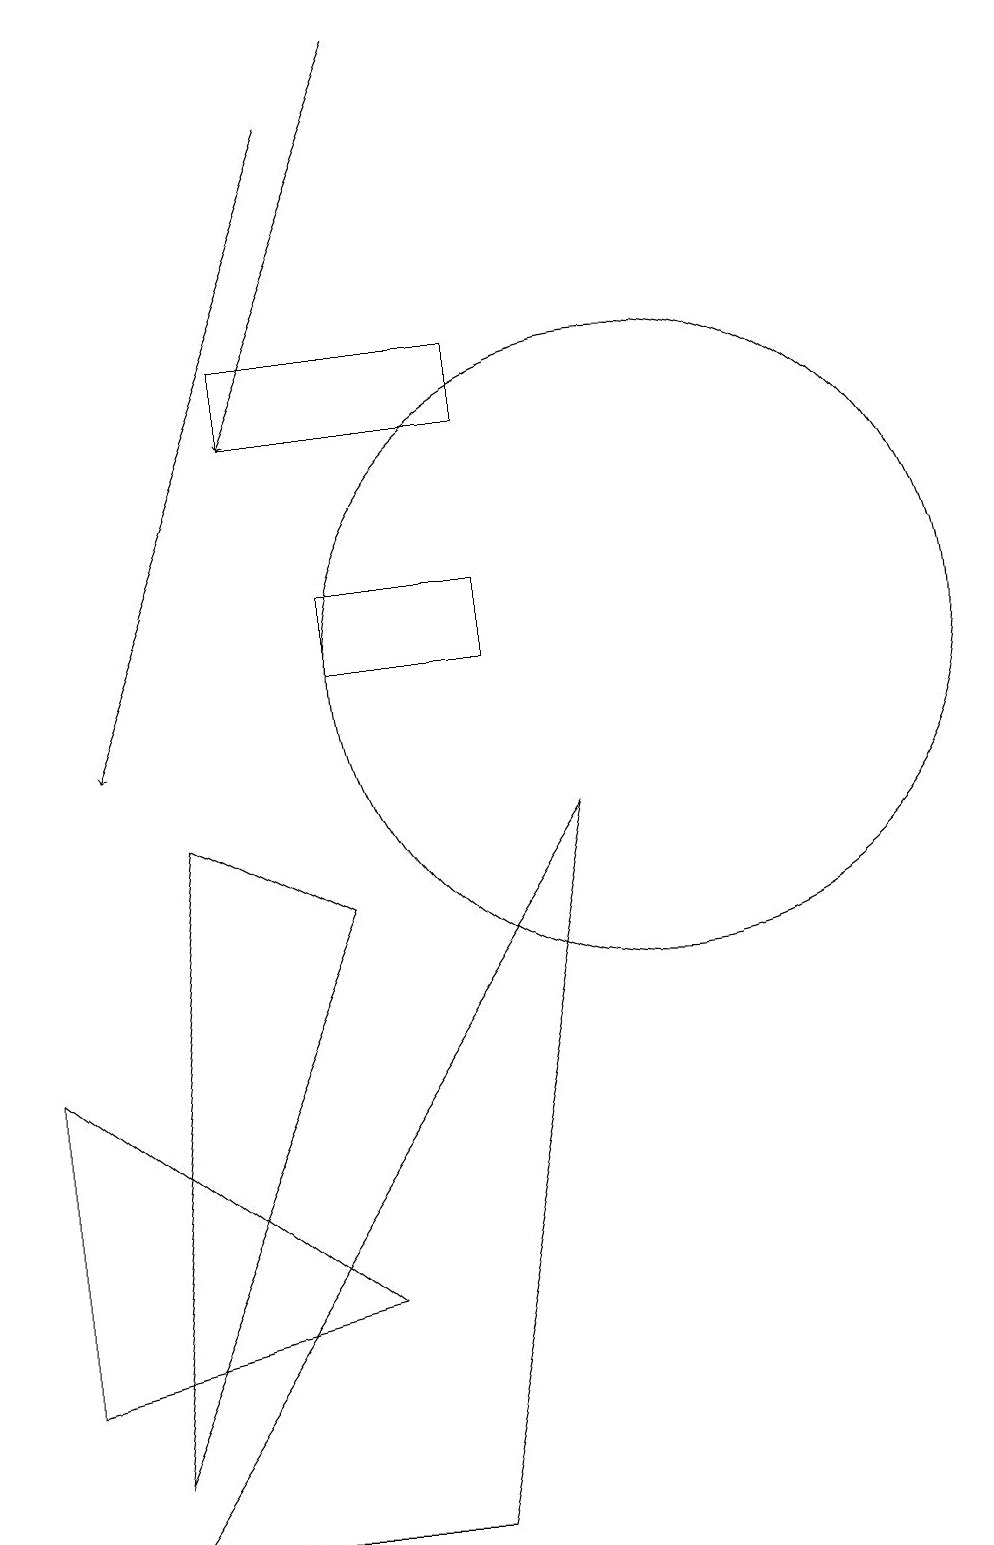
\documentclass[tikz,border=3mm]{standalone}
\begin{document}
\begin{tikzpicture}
\draw (6,3) -- (2,6) -- (2,2) -- cycle;
\draw (10,11) circle (4);
\draw[->] (6,18) -- (3,10);
\draw (6,12) rectangle (8,11);
\draw (6,8) -- (4,9) -- (3,1) -- cycle;
\draw (7,0) -- (9,9) -- (3,0) -- cycle;
\draw[->] (7,19) -- (5,14);
\draw (5,14) rectangle (8,15);
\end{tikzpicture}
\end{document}